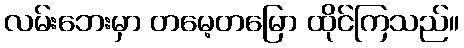
လမ်းဘေးမှာ တမေ့တမြော ထိုင်ကြသည်။